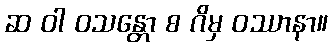
ဆ ဝါ ဝသန္တော စ ဂိမှ ဝဿာနာ။